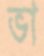
ভা